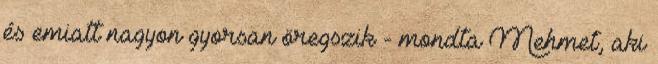
és emiatt nagyon gyorsan öregszik - mondta Mehmet, aki